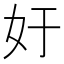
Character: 㚥